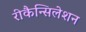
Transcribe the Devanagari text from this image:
रीकैन्सिलेशन